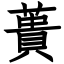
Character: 蕢